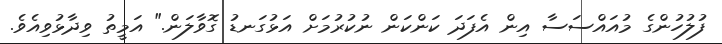
ފުލުހުންގެ މުއައްސަސާ އިން އެފަދަ ކަންކަން ނުކުރުމަށް އަޅުގަނޑު ގޮވާލަން." އަމީތު ވިދާޅުވިއެވެ.